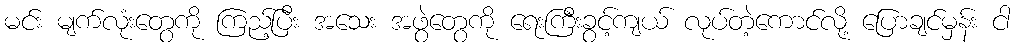
မင်း မျက်လုံးတွေကို ကြည့်ပြီး အသေး အဖွဲတွေကို ရေးကြီးခွင့်ကျယ် လုပ်တဲ့ကောင်လို့ ပြောချင်မှန်း ငါ